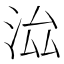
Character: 𣳵